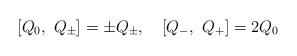
\begin{align*}[Q_0,\ Q_{\pm}]=\pm Q_{\pm},\quad [Q_-,\ Q_+]=2Q_0\end{align*}